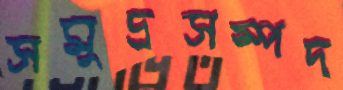
সমুদ্রসম্পদ